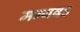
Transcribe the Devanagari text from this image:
मन्यवऽ